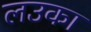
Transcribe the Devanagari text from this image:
लउका